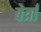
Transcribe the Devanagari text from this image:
बेर्त्रां